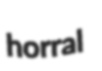
horral